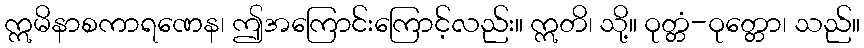
ဣမိနာစကာရဏေန၊ ဤအကြောင်းကြောင့်လည်း။ ဣတိ၊ သို့။ ဝုတ္တံ-ဝုတ္တော၊ သည်။